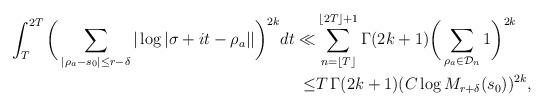
LaTeX: \begin{align*} \int_T^{2T} \bigg(\sum_{|\rho_a-s_0| \leq r-\delta} |\log |\sigma+it-\rho_a|| \bigg)^{2k} dt\ll& \sum_{n=\lfloor T \rfloor}^{\lfloor 2T \rfloor+1}\Gamma(2k+1)\bigg(\sum_{\rho_a \in \mathcal D_n} 1\bigg)^{2k}\\\leq &T \, \Gamma(2k+1) (C \log M_{r+\delta}(s_0))^{2k},\end{align*}